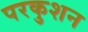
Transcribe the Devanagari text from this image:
परकुशन